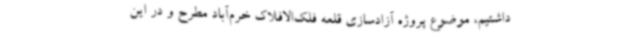
داشتیم، موضوع پروژه آزادسازی قلعه فلک‌الافلاک خرم‌آباد مطرح و در این